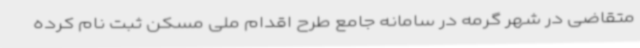
متقاضی در شهر گرمه در سامانه جامع طرح اقدام ملی مسکن ثبت نام کرده